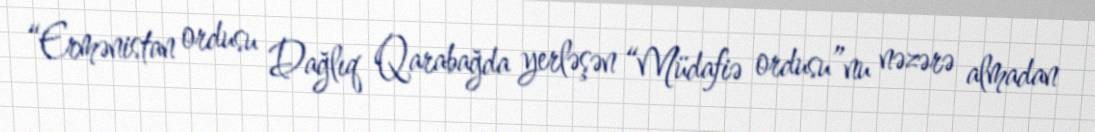
“Ermənistan ordusu Dağlıq Qarabağda yerləşən “Müdafiə ordusu”nu nəzərə almadan